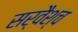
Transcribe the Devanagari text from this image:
सर्वैश्‍च